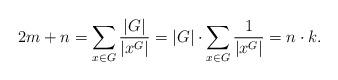
LaTeX: \begin{align*}2m +n = \sum_{x\in G} {\frac{|G|}{|x^G|}} = |G|\cdot \sum_{x\in G}{\frac{1}{|x^G|}} = n\cdot k.\end{align*}